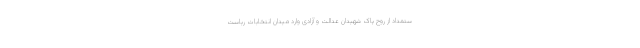
ستمداد از روح پاک شهیدان عدالت و آزادی وارد میدان انتخابات ریاست‌